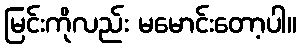
မြင်းကိုလည်း မမောင်းတော့ပါ။